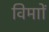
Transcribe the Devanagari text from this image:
विमाों